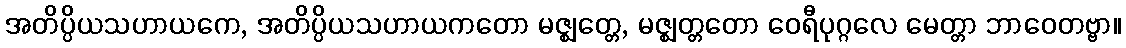
အတိပ္ပိယသဟာယကေ, အတိပ္ပိယသဟာယကတော မဇ္ဈတ္တေ, မဇ္ဈတ္တတော ဝေရီပုဂ္ဂလေ မေတ္တာ ဘာဝေတဗ္ဗာ။